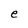
Character: e